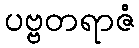
ပဗ္ဗတရာဇံ